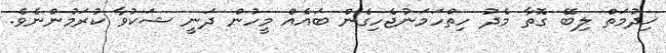
ޚިދުމަތް ލިބޭ ގޮތާ މެދު ހިތްހަމަނުޖެހިގެން ބައެއް މީހުން ދަނީ ޝަކުވާ ކުރަމުންނެވެ.